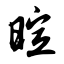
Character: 暄